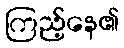
ကြည့်နေ၏